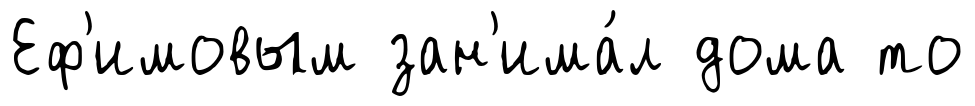
Еф'имовым зан'има́л дома то